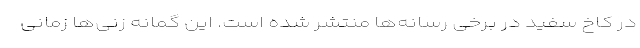
در کاخ سفید در برخی رسانه‌ها منتشر شده است. این گمانه زنی‌ها زمانی